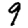
Digit: 9